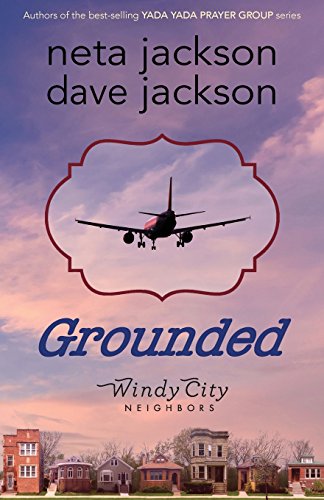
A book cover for Grounded; Neta Jackson; Romance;